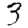
Digit: 3